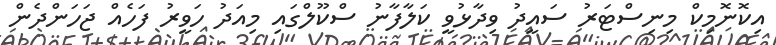
އިކޮނޮމިކް މިނިސްޓަރު ސައީދު ވިދާޅުވީ ކަލާފާނު ސްކޫލްގަައި މިއަދު ހަވީރު ފަހެއް ޖަހަންދެން